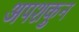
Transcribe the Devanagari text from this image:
अपशकुुन